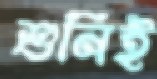
শুনিই